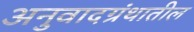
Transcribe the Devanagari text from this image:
अनुवादग्रंथातील